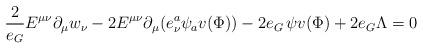
LaTeX: \begin{align*}\frac{2}{e_G} E^{\mu\nu} \partial_\mu w_\nu - 2 E^{\mu\nu} \partial_\mu(e_\nu^a\psi_av(\Phi)) - 2 e_G \, \psi v(\Phi) + 2 e_G \Lambda =0\end{align*}